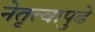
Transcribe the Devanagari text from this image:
नेतृत्वापुढे